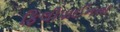
ફિલીપાઈનના